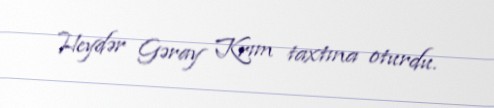
Heydər Gəray Krım taxtına oturdu.